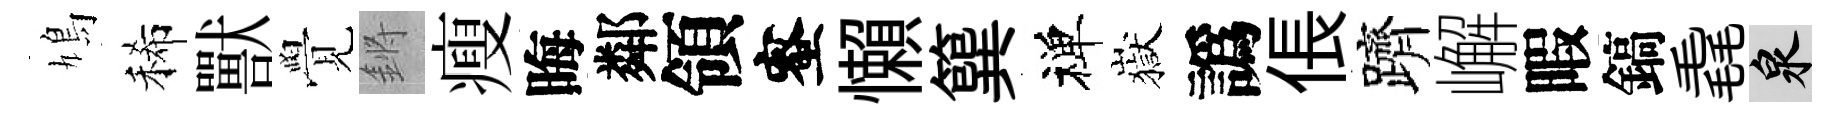
鳩稀獸覺鏘瘦晦鄰領蜜懶簨禅嶽譌倀躋嶰暇鎬毳泉